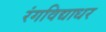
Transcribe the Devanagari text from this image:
रंगविद्याधर